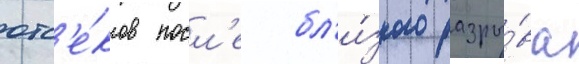
отс'е́ков посл'е бл'и́зкого разры́ва